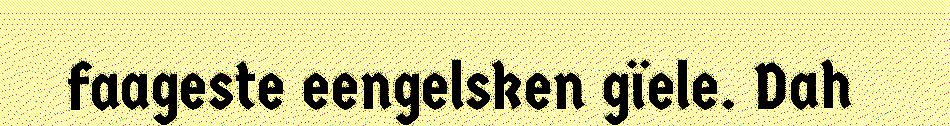
faageste eengelsken gïele. Dah